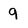
Character: 9